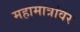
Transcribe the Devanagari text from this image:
महामात्रांवर